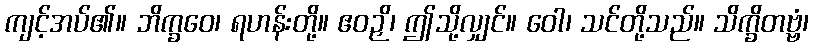
ကျင့်အပ်၏။ ဘိက္ခဝေ၊ ရဟန်းတို့။ ဧဝဉှိ၊ ဤသို့လျှင်။ ဝေါ၊ သင်တို့သည်။ သိက္ခိတဗ္ဗံ၊